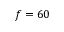
f = 6 0